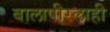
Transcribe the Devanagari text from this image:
बालापीरलाही